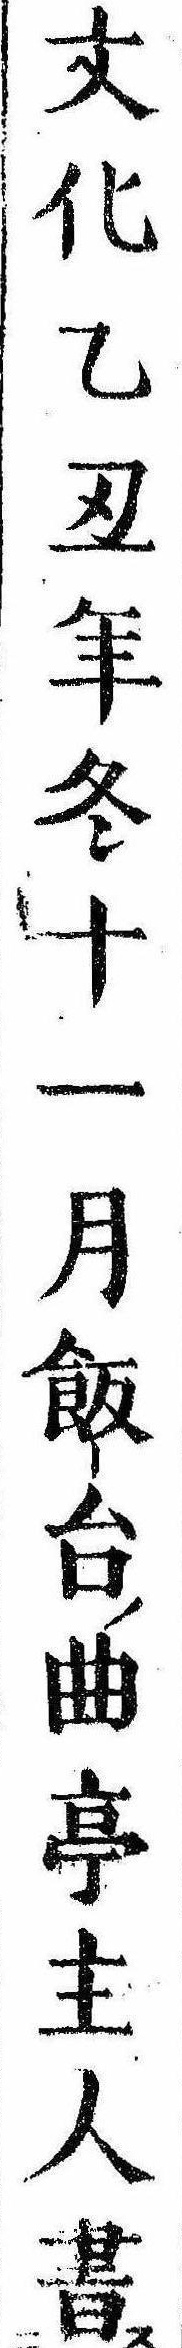
文化乙丑年冬十一月飯台曲亭主人書